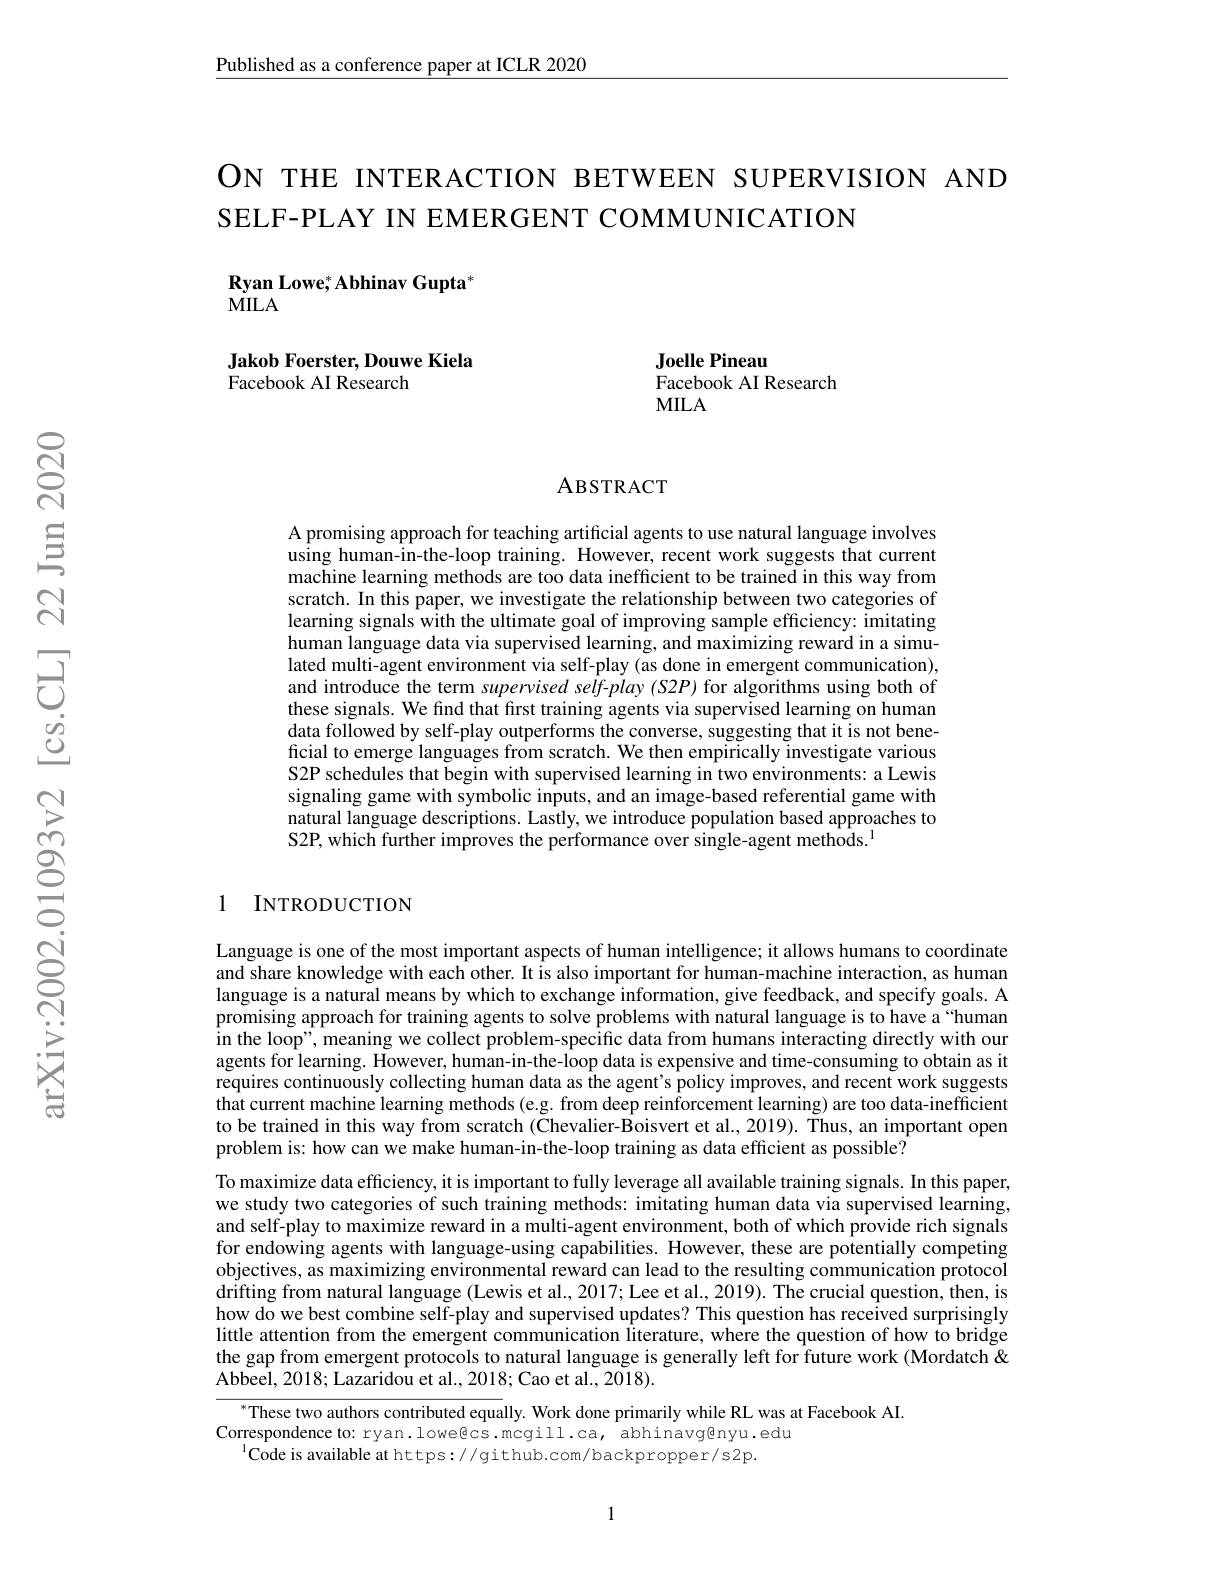
Published as a conference paper at ICLR 2020

ON THE INTERACTION BETWEEN SUPERVISION AND
SELF-PLAY IN EMERGENT COMMUNICATION

$\textbf{Ryan Lowe; Abhinav Gupta}^{*}$
$MILA$

Jakob Foerster, Douwe Kiela
Facebook AI Research

Joelle Pineau
Facebook AI Research
MILA

### ABSTRACT

A promising approach for teaching artificial agents to use natural language involves using human-in-the-loop training. However, recent work suggests that current machine learning methods are too data inefficient to be trained in this way from scratch. In this paper, we investigate the relationship between two categories of learning signals with the ultimate goal of improving sample efficiency: imitating human language data via supervised learning, and maximizing reward in a simulated multi-agent environment via self-play (as done in emergent communication), and introduce the term supervised self-play (S2P) for algorithms using both of these signals. We find that first training agents via supervised learning on human data followed by self-play outperforms the converse, suggesting that it is not beneficial to emerge languages from scratch. We then empirically investigate various S2P schedules that begin with supervised learning in two environments: a Lewis signaling game with symbolic inputs, and an image-based referential game with natural language descriptions. Lastly, we introduce population based approaches to S2P, which further improves the performance over single-agent methods.$^{1}$

## 1 INTRODUCTION

Language is one of the most important aspects of human intelligence; it allows humans to coordinate and share knowledge with each other. It is also important for human-machine interaction, as human language is a natural means by which to exchange information, give feedback, and specify goals. A promising approach for training agents to solve problems with natural language is to have a“human in the loop", meaning we collect problem-specific data from humans interacting directly with our agents for learning. However, human-in-the-loop data is expensive and time-consuming to obtain as it requires continuously collecting human data as the agent's policy improves, and recent work suggests that current machine learning methods (e.g. from deep reinforcement learning) are too data-inefficient to be trained in this way from scratch (Chevalier-Boisvert et al., 2019). Thus, an important open problem is: how can we make human-in-the-loop training as data efficient as possible?
To maximize data efficiency, it is important to fully leverage all available training signals. In this paper, we study two categories of such training methods: imitating human data via supervised learning, and self-play to maximize reward in a multi-agent environment, both of which provide rich signals for endowing agents with language-using capabilities. However, these are potentially competing objectives, as maximizing environmental reward can lead to the resulting communication protocol drifting from natural language ( Lewis et al. , 2017; Lee et al. , 2019) . The crucial question, then, is how do we best combine self-play and supervised updates? This question has received surprisingly little attention from the emergent communication Îiterature, where the question of how to bridge the gap from emergent protocols to natural language is generally left for future work (Mordatch & Abbeel, 2018; Lazaridou et al. , 2018; Cao et al. , 2018) .

$^{*}$These two authors contributed equally. Work done primarily while RL was at Facebook AI.
Correspondence to: ryan.lowe@cs.mcgill.ca, abhinavg@nyu.edu
$^{\mathrm{l}}$Code is available at https://github.com/backpropper/s2p.

1